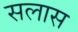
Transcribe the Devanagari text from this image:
सलास